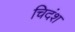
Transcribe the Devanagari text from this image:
चिदंश